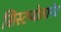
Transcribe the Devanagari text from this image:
सिस्टम्बोलागेट